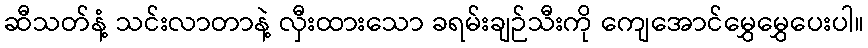
ဆီသတ်နံ့ သင်းလာတာနဲ့ လှီးထားသော ခရမ်းချဉ်သီးကို ကျေအောင်မွှေမွှေပေးပါ။